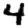
Digit: 4